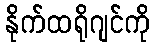
နိုက်ထရိုဂျင်ကို